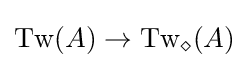
\operatorname {Tw} (A)\rightarrow \operatorname {Tw} _{\diamond }(A)